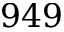
9 4 9